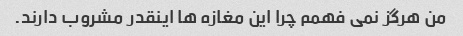
من هرگز نمی فهمم چرا این مغازه ها اینقدر مشروب دارند.